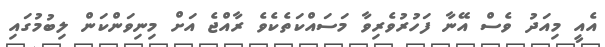
އެއީ މިއަދު ވެސް އޭނާ ފަހުރުވެރިވާ މަސައްކަތެކެވެ ރާއްޖެ އަށް މިނިވަންކަން ލިބުމުގައި